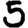
Digit: 5